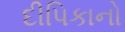
દીપિકાનો